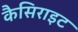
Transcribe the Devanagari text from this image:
कैसिराइट